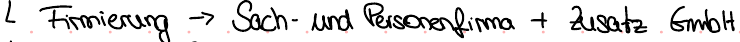
Firmierung -> Sach- und Personenfirma + Zusatz GmbH